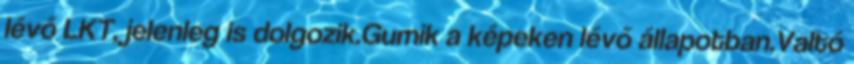
lévő LKT, jelenleg is dolgozik.Gumik a képeken lévő állapotban.Valtó